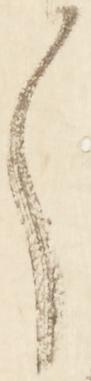
う